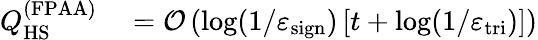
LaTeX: \begin{array}{rl}{Q_{\mathrm{HS}}^{(\mathrm{FPAA})}}&{{}=\mathcal{O}\left(\log(1/\varepsilon_{\mathrm{sign}})\left[t+\log(1/\varepsilon_{\mathrm{tri}})\right]\right)}\end{array}